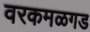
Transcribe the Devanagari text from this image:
वरकमळगड